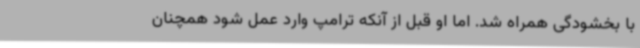
با بخشودگی همراه شد. اما او قبل از آنکه ترامپ وارد عمل شود همچنان